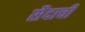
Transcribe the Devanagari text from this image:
सैदाची